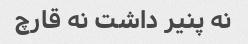
نه پنیر داشت نه قارچ